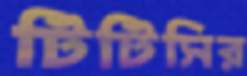
টিটিসির